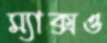
ম্যাক্সও